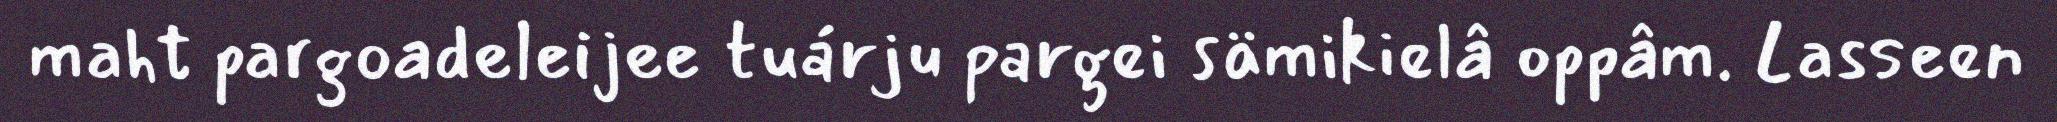
maht pargoadeleijee tuárju pargei sämikielâ oppâm. Lasseen